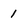
Character: 1